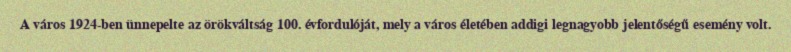
A város 1924-ben ünnepelte az örökváltság 100. évfordulóját, mely a város életében addigi legnagyobb jelentőségű esemény volt.